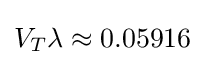
V_{T}\lambda \approx 0.05916